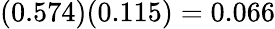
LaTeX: (0.574)(0.115)=0.066